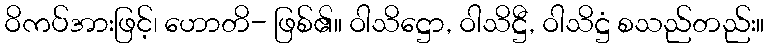
ဝိကပ်အားဖြင့်၊ ဟောတိ- ဖြစ်၏။ ဝါသိဋ္ဌော, ဝါသိဋ္ဌီ, ဝါသိဋ္ဌံ စသည်တည်း။